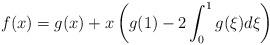
LaTeX: \begin{align*}f(x)=g(x)+x\left(g(1)-2\int_0^1 g(\xi)d\xi\right)\end{align*}